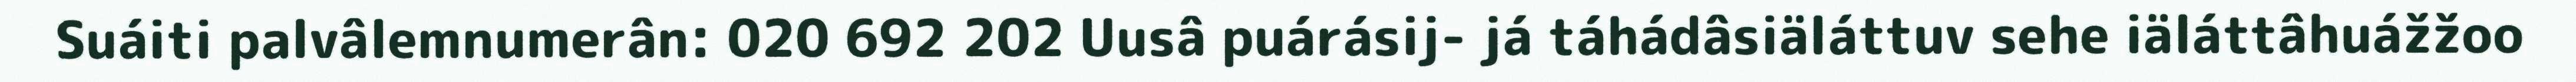
Suáiti palvâlemnumerân: 020 692 202 Uusâ puárásij- já táhádâsiäláttuv sehe iäláttâhuážžoo